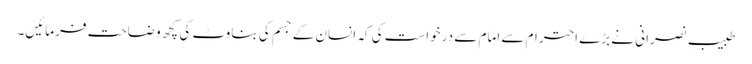
طبیبِ نصرانی نے بڑے اِحترام سے امام سے درخواست کی کہ اِنسان کے جسم کی بناوٹ کی کچھ وضاحت فرمائیں۔